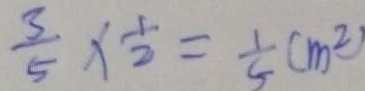
\frac { 3 } { 5 } \times \frac { 1 } { 2 } = \frac { 1 } { 5 } ( m ^ { 2 } )